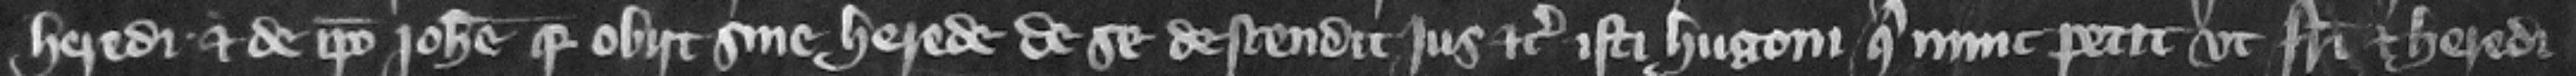
heredi. Et de ipso Iohanne quia obiit sine herede de se descendit jus etc. isti Hugoni qui nunc petit vt fratri et heredi.